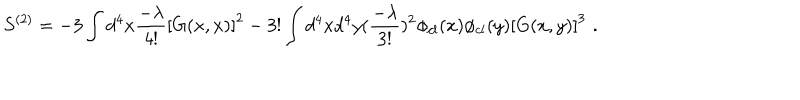
LaTeX: S ^ { ( 2 ) } = - 3 \int d ^ { 4 } x { \frac { - \lambda } { 4 ! } } \left[ G ( x , x ) \right] ^ { 2 } - 3 ! \int d ^ { 4 } x d ^ { 4 } y ( { \frac { - \lambda } { 3 ! } } ) ^ { 2 } \phi _ { c l } ( x ) \phi _ { c l } ( y ) \left[ G ( x , y ) \right] ^ { 3 } \, \, .